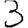
Digit: 3